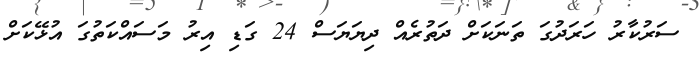
ސަރުކާރު ހަރަދުގަ ތަނަކަށް ދަތުރެއް ދިޔަޔަސް 24 ގަޑި އިރު މަސައްކަތުގަ އުޅޭކަށް